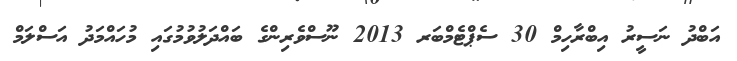
އަބްދު ނަސީރު އިބްރާހިމް 30 ސެޕްޓެމްބަރ 2013 ނޫސްވެރިންގެ ބައްދަލުވުމުގައި މުހައްމަދު އަސްލަމް